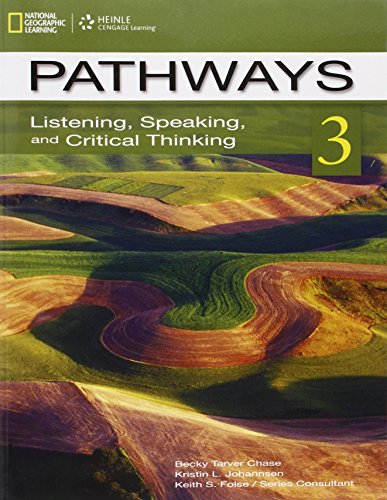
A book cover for Pathways 3: Listening, Speaking, and Critical Thinking; Becky Tarver Chase; Reference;